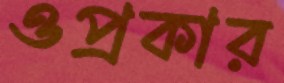
ওপ্রকার